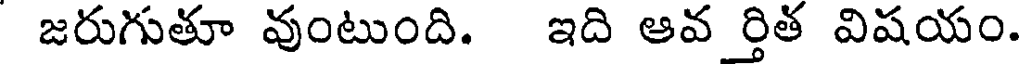
జరుగుతూ వుంటుంది. ఇది ఆవ ర్తిత విషయం.